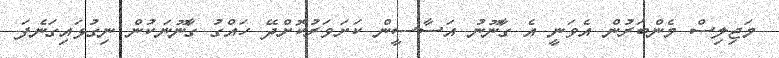
މަޖިލިސް މެންބަރުން އެވަނީ އެ ގާނޫނު އަސާސީން ކަށަވަރުކޮށްދޭ ހައްގު ގާނޫނަކުން ނިގުޅައިގަނެފަ